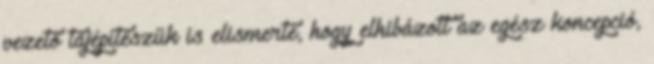
vezető tájépítészük is elismerte, hogy elhibázott az egész koncepció,